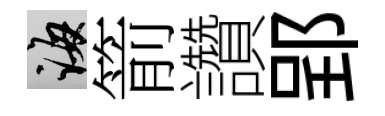
誨箭讚郢